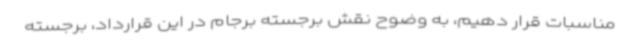
مناسبات قرار دهیم، به وضوح نقش برجسته برجام در این قرارداد، برجسته